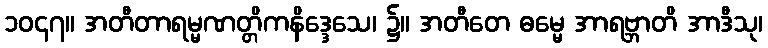
၁၀၄၇။ အတီတာရမ္မဏတ္တိကနိဒ္ဒေသေ၊ ၌။ အတီတေ ဓမ္မေ အာရဗ္ဘာတိ အာဒီသု၊